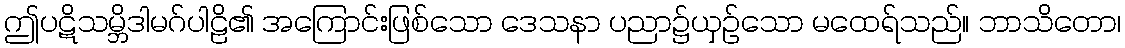
ဤပဋိသမ္ဘိဒါမဂ်ပါဠိ၏ အကြောင်းဖြစ်သော ဒေသနာ ပညာ၌ယှဉ်သော မထေရ်သည်။ ဘာသိတော၊